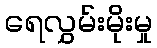
ရေလွှမ်းမိုးမှု